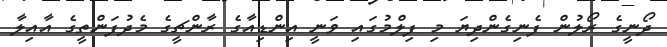
ދޯނީގެ ރޯލުން ފެނިގެންދިޔަ މި ފިލްމުގައި ވަނީ އިންޑިއާގެ ރާންޗީގެ މެދުފަންތީގެ އާއިލާ